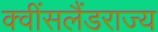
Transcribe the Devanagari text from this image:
क्वींसलैंडराज्य